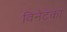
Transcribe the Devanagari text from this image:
विनेटका